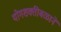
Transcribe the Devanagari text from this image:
योगशक्तीबळाने